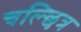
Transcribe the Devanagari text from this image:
चल्छित्र